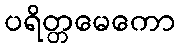
ပရိတ္တမေကော